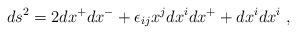
\begin{align*} ds^2 = 2 dx^+ dx^- + \epsilon_{ij} x^j dx^i dx^+ + dx^i dx^i~,\end{align*}